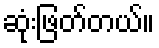
ဆုံးဖြတ်တယ်။